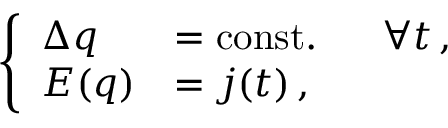
\left\{ \begin{array} { l l } { { \Delta q } } & { { = \mathrm { c o n s t . } \; \; \; \; \; \; \forall t \, , } } \\ { { E ( q ) } } & { { = j ( t ) \, , } } \end{array} \right.